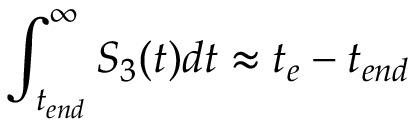
\int _ { t _ { e n d } } ^ { \infty } S _ { 3 } ( t ) d t \approx t _ { e } - t _ { e n d }